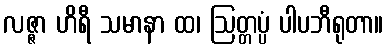
လဇ္ဇာ ဟိရီ သမာနာ ထ၊ ဩတ္တပ္ပံ ပါပဘီရုတာ။